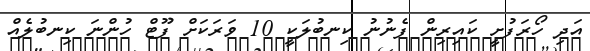
އަދި ހޯރަފުށީ ކައިރިން ފެނުނު ކިނބުލަކީ 10 ވަރަކަށް ފޫޓް ހުންނަ ކިނބުލެއް